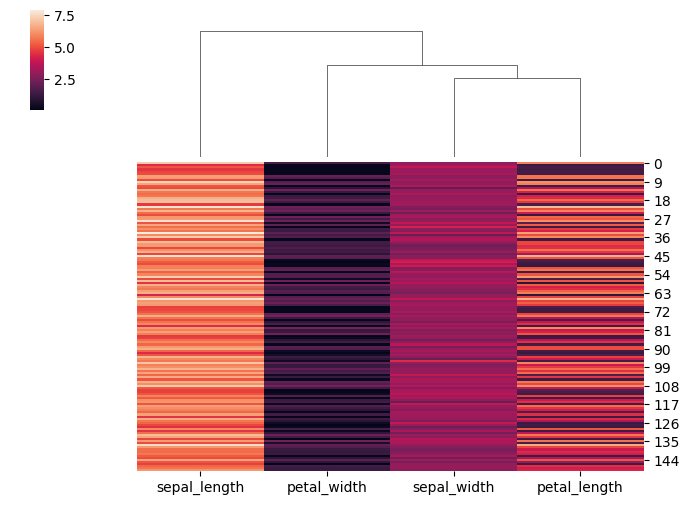
python, seaborn, clustermap, figsize=(7, 5), row_cluster=False, dendrogram_ratio=(0.2, 0.3), cbar_pos=(0.05, 0.8, 0.02, 0.2)